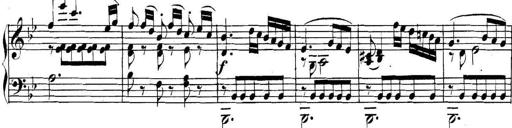
Title: Collected Piano Sonatas
Composer: Muzio Clementi